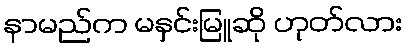
နာမည်က မနှင်းမြူဆို ဟုတ်လား